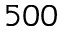
5 0 0